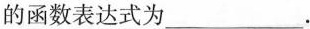
的函数表达式为___。